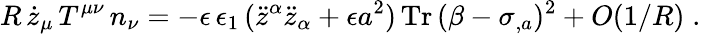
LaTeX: R\, \dot{z}_{\mu}\, T^{\mu\nu}\, n_{\nu}=-\epsilon\, \epsilon_{1}\, (\ddot{z}^{\alpha}\ddot{z}_{\alpha}+\epsilon a^{2})\, \mathrm{Tr}\, (\beta-\sigma_{,a})^{2}+O(1/R)\; .